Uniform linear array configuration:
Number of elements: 24
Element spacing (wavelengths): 0.5
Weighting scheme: exponential
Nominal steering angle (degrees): -30
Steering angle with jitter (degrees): -30.672
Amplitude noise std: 0.05
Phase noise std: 0.05

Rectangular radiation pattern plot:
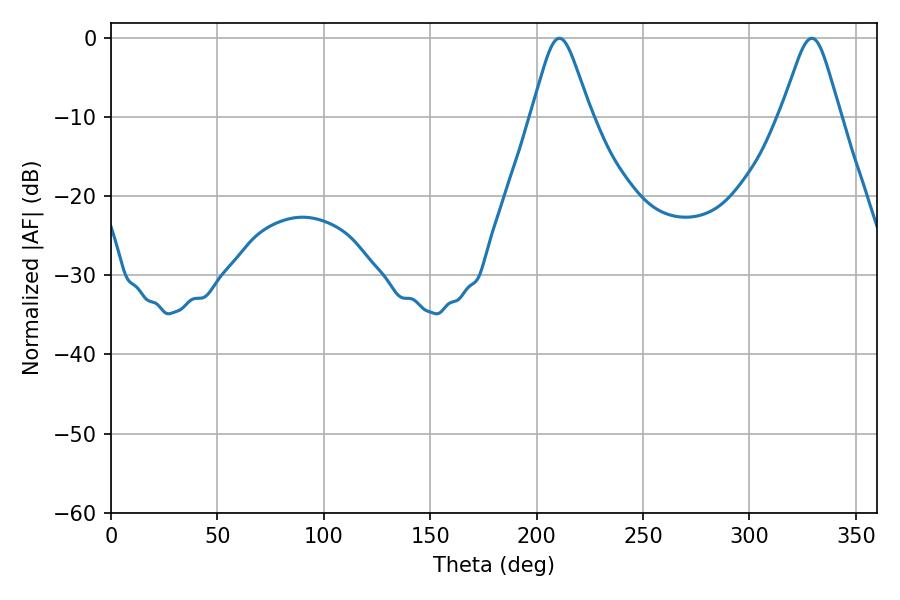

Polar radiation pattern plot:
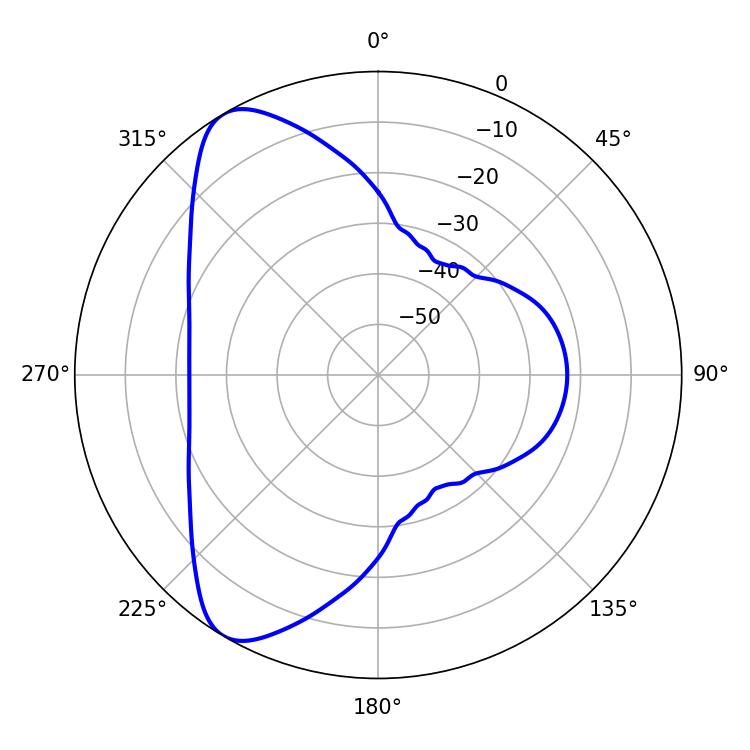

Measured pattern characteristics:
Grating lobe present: FALSE
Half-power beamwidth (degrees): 13.5
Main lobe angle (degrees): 210.6